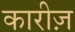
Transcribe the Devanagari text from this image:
कारीज़